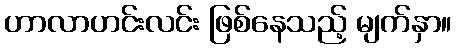
ဟာလာဟင်းလင်း ဖြစ်နေသည့် မျက်နှာ။